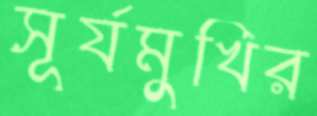
সূর্যমুখির